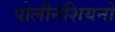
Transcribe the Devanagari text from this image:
पोलीनेशियनों